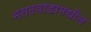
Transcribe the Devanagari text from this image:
मराठवाडामधील